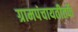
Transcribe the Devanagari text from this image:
ग्रामपंचायतीतर्फे